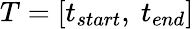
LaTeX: T=[t_{start},~t_{end}]